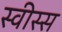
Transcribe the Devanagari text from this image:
स्वीस्स